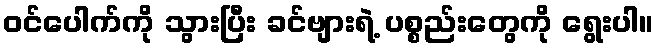
ဝင်ပေါက်ကို သွားပြီး ခင်ဗျားရဲ့ ပစ္စည်းတွေကို ရွေးပါ။